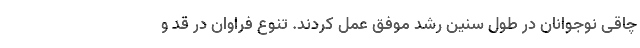
چاقی نوجوانان در طول سنین رشد موفق عمل کردند. تنوع فراوان در قد و